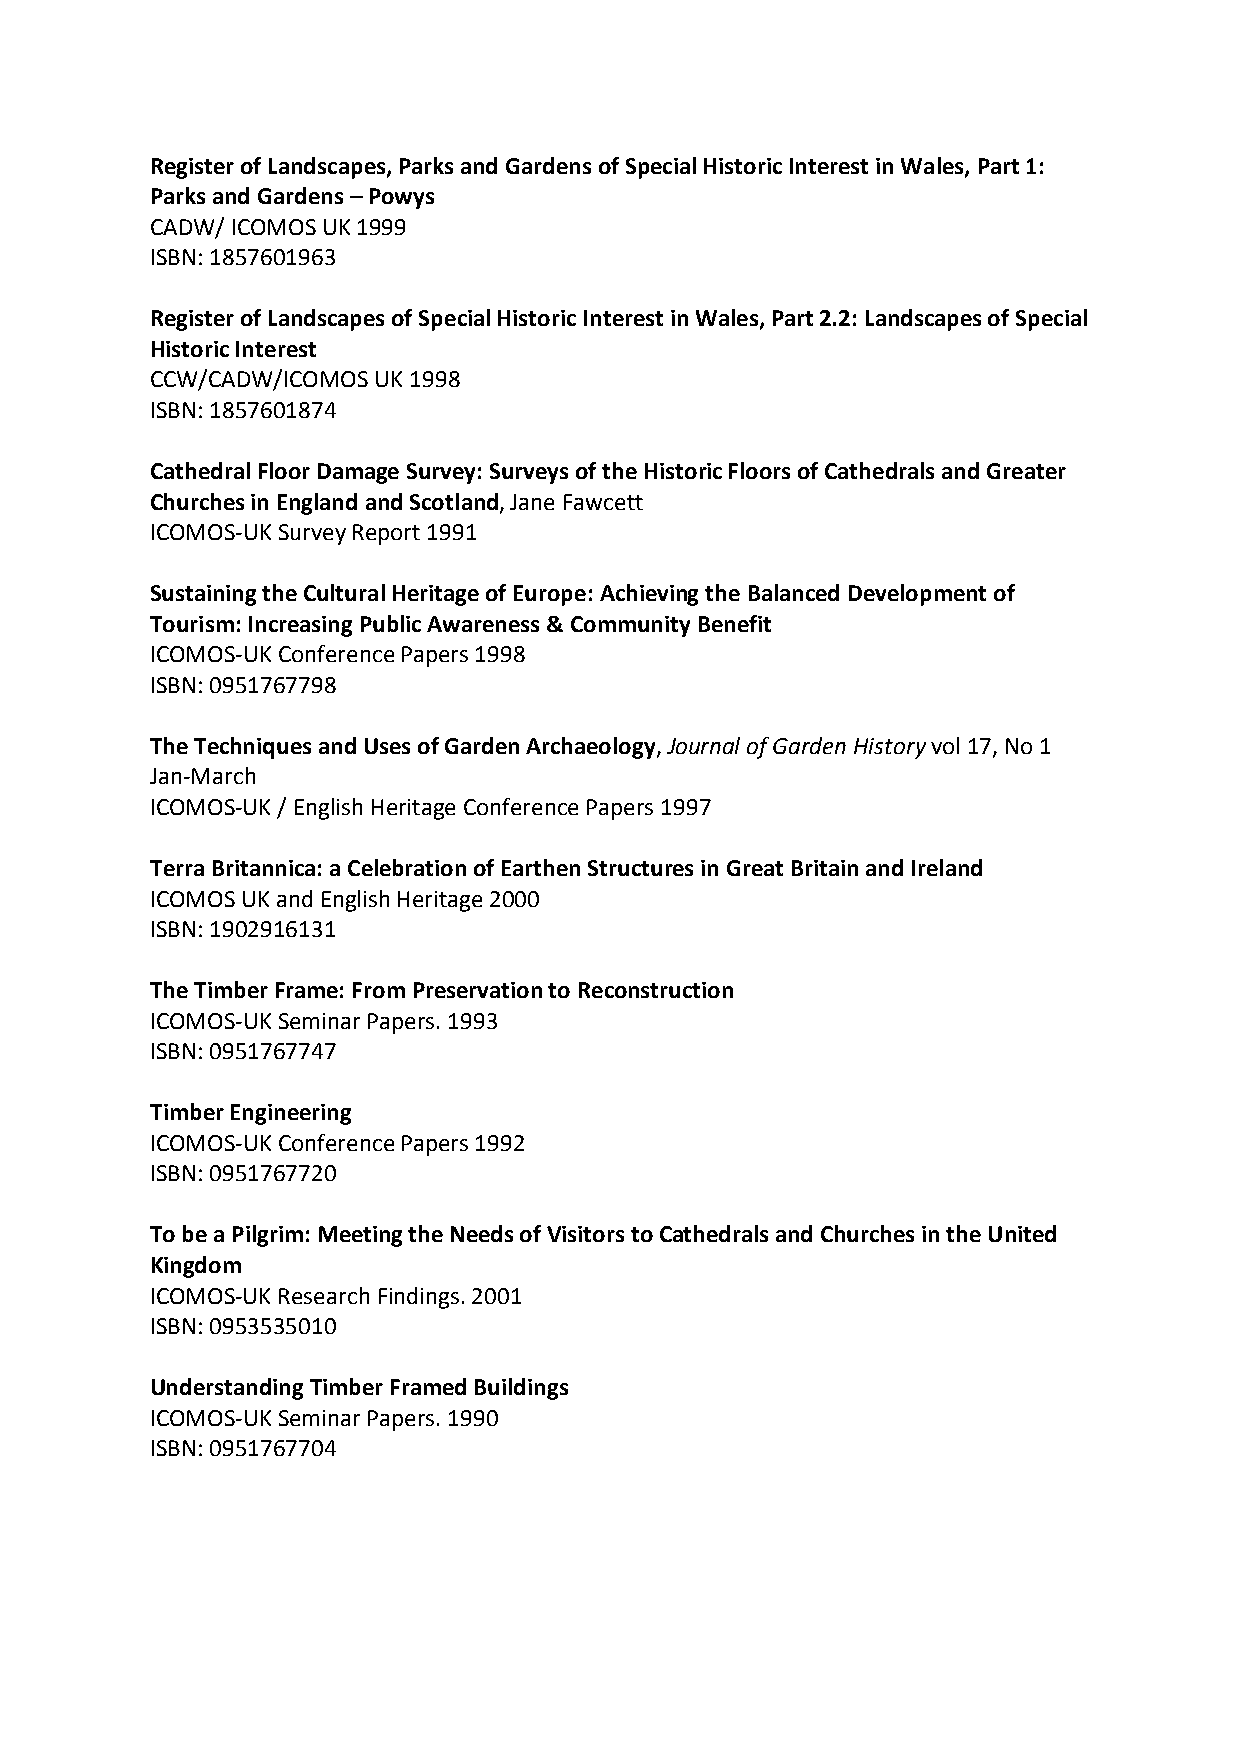
Register of Landscapes, Parks and Gardens of Special Historic Interest in Wales, Part 1:
 Parks and Gardens – Powys
 CADW/ ICOMOS UK 1999
 ISBN: 1857601963
 Register of Landscapes of Special Historic Interest in Wales, Part 2.2: Landscapes of Special
 Historic Interest
 CCW/CADW/ICOMOS UK 1998
 ISBN: 1857601874
 Cathedral Floor Damage Survey: Surveys of the Historic Floors of Cathedrals and Greater
 Churches in England and Scotland, Jane Fawcett
 ICOMOS-UK Survey Report 1991
 Sustaining the Cultural Heritage of Europe: Achieving the Balanced Development of
 Tourism: Increasing Public Awareness & Community Benefit
 ICOMOS-UK Conference Papers 1998
 ISBN: 0951767798
 The Techniques and Uses of Garden Archaeology, Journal of Garden History vol 17, No 1
 Jan-March
 ICOMOS-UK / English Heritage Conference Papers 1997
 Terra Britannica: a Celebration of Earthen Structures in Great Britain and Ireland
 ICOMOS UK and English Heritage 2000
 ISBN: 1902916131
 The Timber Frame: From Preservation to Reconstruction
 ICOMOS-UK Seminar Papers. 1993
 ISBN: 0951767747
 Timber Engineering
 ICOMOS-UK Conference Papers 1992
 ISBN: 0951767720
 To be a Pilgrim: Meeting the Needs of Visitors to Cathedrals and Churches in the United
 Kingdom
 ICOMOS-UK Research Findings. 2001
 ISBN: 0953535010
 Understanding Timber Framed Buildings
 ICOMOS-UK Seminar Papers. 1990
 ISBN: 0951767704